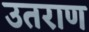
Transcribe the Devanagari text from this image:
उतराण